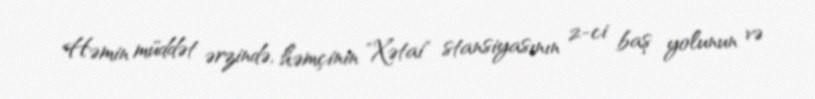
Həmin müddət ərzində, həmçinin "Xətai" stansiyasının 2-ci baş yolunun və